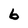
Character: 6